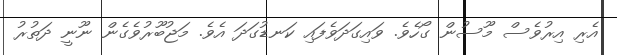
އެރި އިރުވެސް މޫސުން ގޯހެވެ. ވައިގަދަވެފައި ކަނޑުގަދަ އެވެ. މަޖުބޫރުވެގެން ނޫނީ ދަތުރު